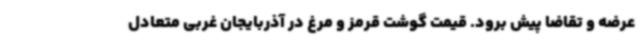
عرضه و تقاضا پیش برود. قیمت گوشت قرمز و مرغ در آذربایجان غربی متعادل